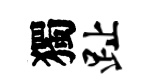
獨趾